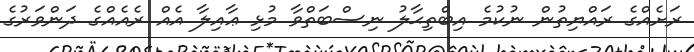
ރަށެއްގެ ރައްޔިތުން ނުކުމެ އިބްތިޙާލު ނިސްބަތްވާ މުޅި ޢާއިލާ އެއް ރެއެއްގެ ދަންވަރުގެ